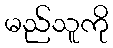
မည်သူကို